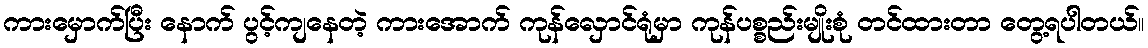
ကားမှောက်ပြီး နောက် ပွင့်ကျနေတဲ့ ကားအောက် ကုန်လှောင်ရုံမှာ ကုန်ပစ္စည်းမျိုးစုံ တင်ထားတာ တွေ့ရပါတယ်။